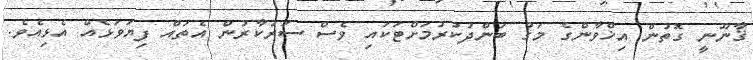
ޤާނޫނީ ގޮތުން އިޚްވާންގެ މަގު ބަންދުކުރުމަށްޓަކައި ވެސް ސަރުކާރުން އެތައް ފިޔަވަޅެއް އެޅިއެވެ.